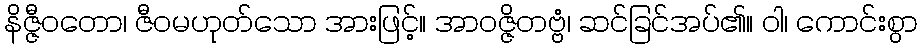
နိဇ္ဇီဝတော၊ ဇီဝမဟုတ်သော အားဖြင့်။ အာဝဇ္ဇိတဗ္ဗံ၊ ဆင်ခြင်အပ်၏။ ဝါ၊ ကောင်းစွာ